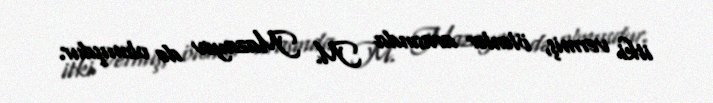
itki vermiş, ölənlər arasında M. Mazayev də olmuşdur.